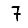
Digit: 7